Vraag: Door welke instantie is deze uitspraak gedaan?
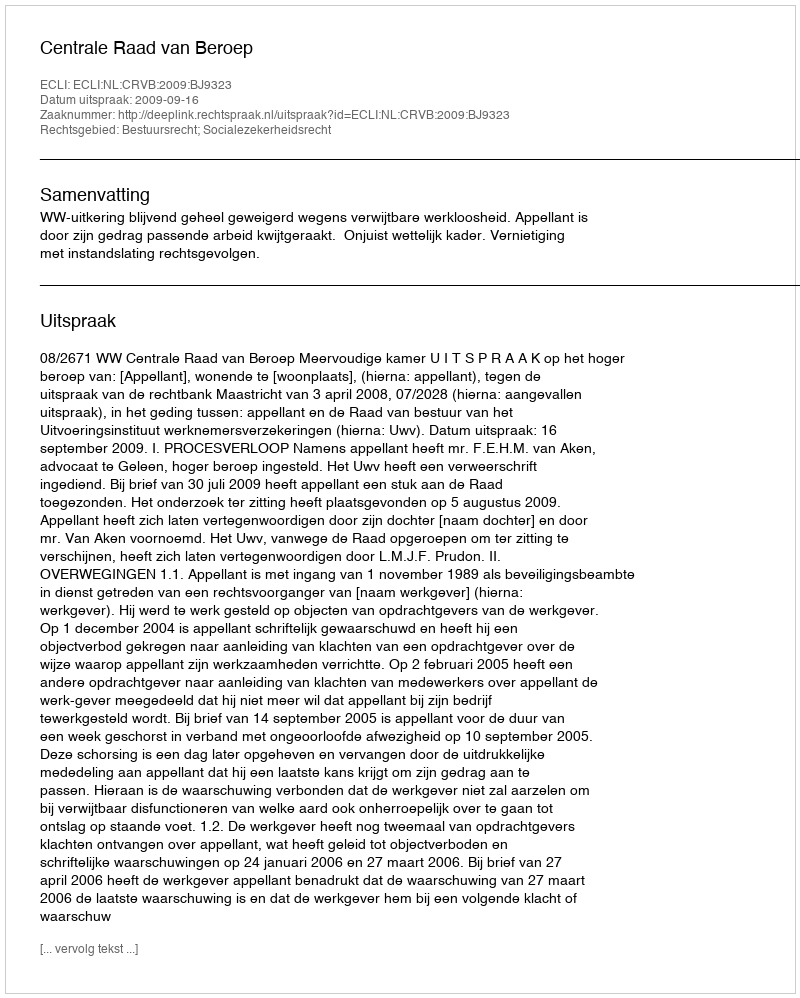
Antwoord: Centrale Raad van Beroep